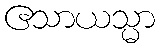
ဧသာယသ္မာ